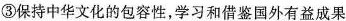
③保持中华文化的包容性，学习和借鉴国外有益成果